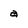
Character: a